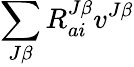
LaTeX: \sum_{J\beta}R_{ai}^{J\beta}v^{J\beta}